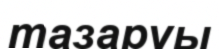
тазаруы